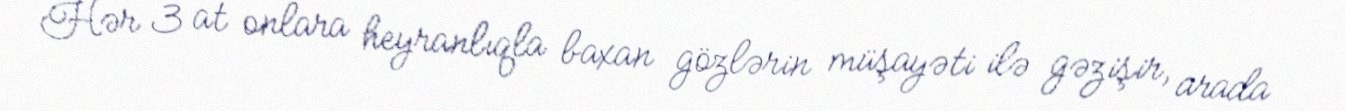
Hər 3 at onlara heyranlıqla baxan gözlərin müşayəti ilə gəzişir, arada